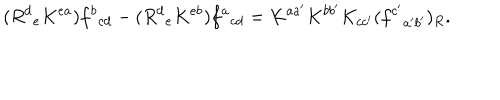
LaTeX: ( R ^ { d } { } _ { e } K ^ { e a } ) f ^ { b } { } _ { c d } - ( R ^ { d } { } _ { e } K ^ { e b } ) f ^ { a } { } _ { c d } = K ^ { a a ^ { \prime } } K ^ { b b ^ { \prime } } K _ { c c ^ { \prime } } ( f ^ { c ^ { \prime } } { } _ { a ^ { \prime } b ^ { \prime } } ) _ { R } .